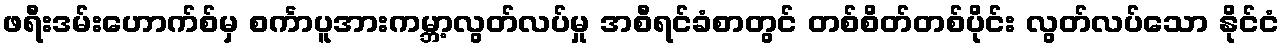
ဖရီးဒမ်းဟောက်စ်မှ စင်္ကာပူအားကမ္ဘာ့လွတ်လပ်မှု အစီရင်ခံစာတွင် တစ်စိတ်တစ်ပိုင်း လွတ်လပ်သော နိုင်ငံ